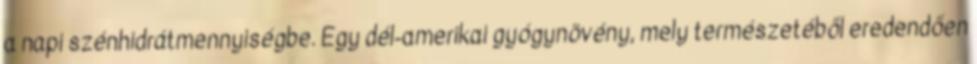
a napi szénhidrátmennyiségbe. Egy dél-amerikai gyógynövény, mely természetéből eredendően